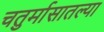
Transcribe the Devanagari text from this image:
चतुर्मासातल्या